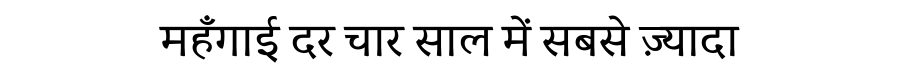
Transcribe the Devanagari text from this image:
महँगाई दर चार साल में सबसे ज़्यादा